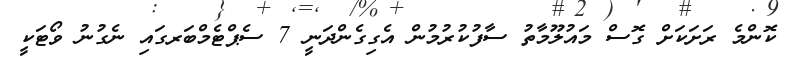
ކޮންމެ ރަށަކަށް ގޮސް މައުލޫމާތު ސާފުކުރުމުން އެގިގެންދަނީ 7 ސެޕްޓެމްބަރގައި ނެގުނު ވޯޓަކީ